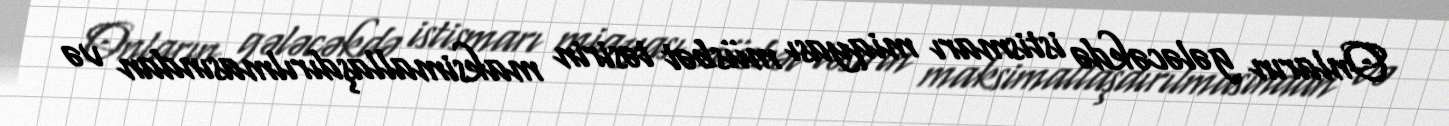
Onların gələcəkdə istismarı miqyası müsbət təsirin maksimallaşdırılmasından və